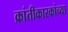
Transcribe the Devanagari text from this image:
क्रांतीकारकांच्या